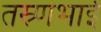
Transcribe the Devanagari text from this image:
तस्र्णभाई